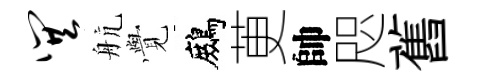
巽航𮗜鷓茰帥咫舊